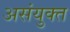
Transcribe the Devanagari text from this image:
असंयुक्‍त